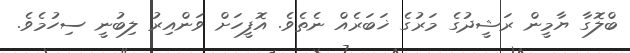
ބްލޮގާ ޔާމީން ރަޝީދުގެ މަރުގެ ޚަބަރެއް ނެތެވެ. އޮފީހަށް ވަންއިރު ލިބުނީ ސިހުމެވެ.